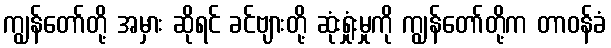
ကျွန်တော်တို့ အမှား ဆိုရင် ခင်ဗျားတို့ ဆုံးရှုံးမှုကို ကျွန်တော်တို့က တာဝန်ခံ